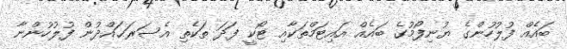
ބައެއް ފުލުހުންގެ ޔުނިފޯމުގެ ބައެއް އައިޓަމްތަކާއި ޓޯކީ ފަދަ ތަކެތި އެސަރަޙައްދުން ފުލުހުންނާ